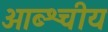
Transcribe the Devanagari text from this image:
ओब्श्चीय